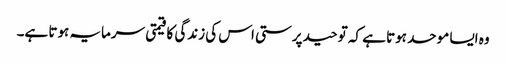
وہ ایسا موحد ہوتا ہے کہ توحید پرستی اس کی زندگی کا قیمتی سرمایہ ہوتا ہے۔